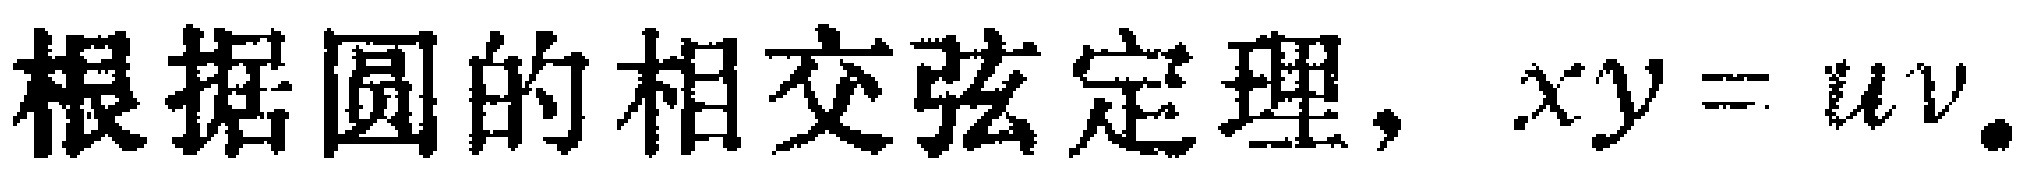
根据圆的相交弦定理，\(xy = uv\).